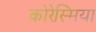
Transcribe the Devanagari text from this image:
कोरेस्मिया